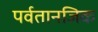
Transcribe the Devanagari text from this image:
पर्वतानजिक